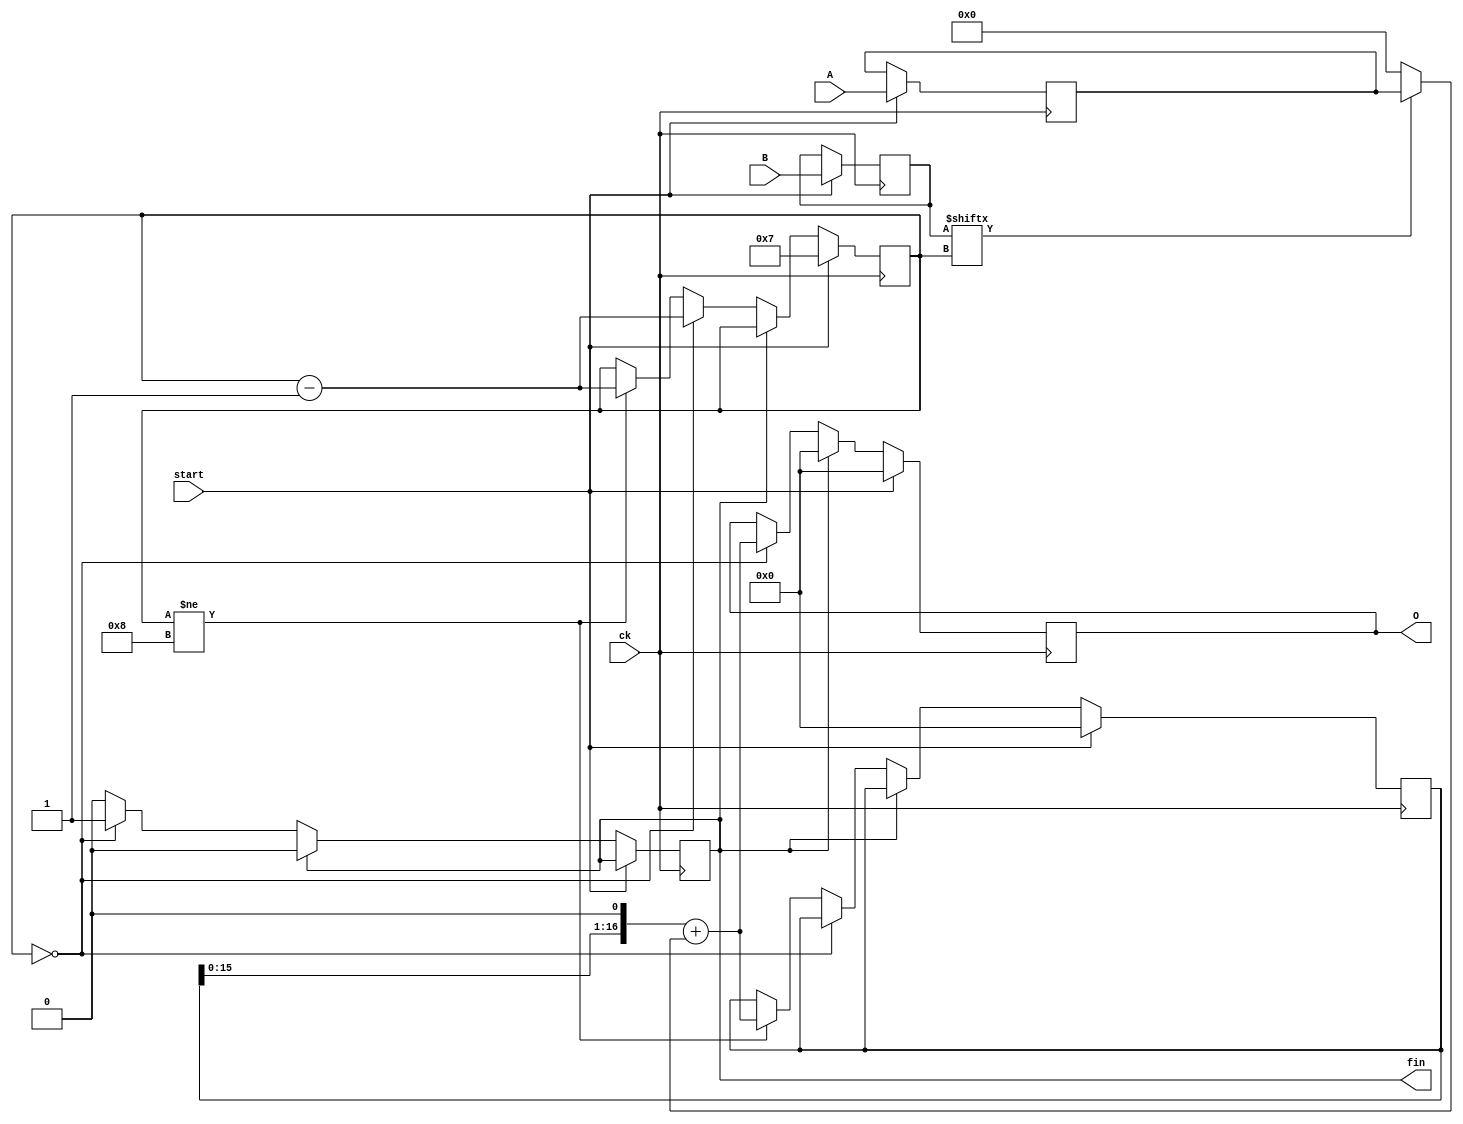
module mul(A, B, O, ck, start, fin);
    input [7:0] A, B;
    input ck, start;
    output [16:0] O;
    output fin;

    reg [7:0] INA, INB;
    reg [16:0] y, OUT;
    reg [3:0] st;
    reg FIN;

    initial begin
        FIN <= 0;
        st <= 8;
        OUT <= 0;
    end

    always @(posedge ck) begin
        if (start == 1) begin
            INA <= A;
            INB <= B;
            st <= 7;
            y <= 0;
            OUT <= 0;
        end
        else if (FIN == 1) begin
            FIN <= 0;
            OUT <= 0;
        end
        else if (st == 0) begin
            OUT <= (y << 1) + (INB[st] == 1 ? INA : 0);
            FIN <= 1;
            // when st is 0 then underflows and change to 8
            st <= st - 1;
        end
        else if (st != 8) begin
            y <= (y << 1) + (INB[st] == 1 ? INA : 0);
            st <= st - 1;
        end
    end

    assign fin = FIN;
    assign O = OUT;
endmodule